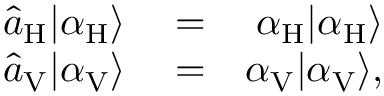
\begin{array} { r l r } { \hat { a } _ { \mathrm { H } } | \alpha _ { \mathrm { H } } \rangle } & { { } = } & { \alpha _ { \mathrm { H } } | \alpha _ { \mathrm { H } } \rangle } \\ { \hat { a } _ { \mathrm { V } } | \alpha _ { \mathrm { V } } \rangle } & { { } = } & { \alpha _ { \mathrm { V } } | \alpha _ { \mathrm { V } } \rangle , } \end{array}